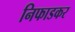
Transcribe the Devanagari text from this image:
निफाडकर